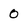
Character: 0